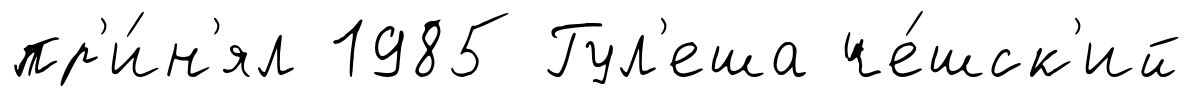
пр'и́н'ял 1985 Гул'еша че́шск'ий